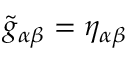
\tilde { g } _ { \alpha \beta } = \eta _ { \alpha \beta }